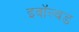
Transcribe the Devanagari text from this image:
इवॉल्वड